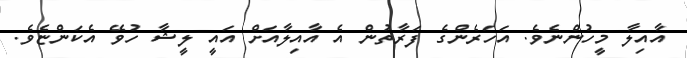
އާއިލާ މީހުންނެވެ. އަހަރެންގެ ފަރާތުން އެ އާއިލާއަށް އައީ ލީޝާ ހުވޭ އެކަންޏެވެ.